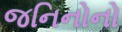
જનિનોનો